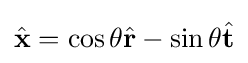
{\hat {\mathbf {x} }}=\cos \theta {\hat {\mathbf {r} }}-\sin \theta {\hat {\mathbf {t} }}